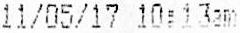
11/05/17 10:13AM